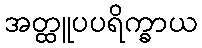
အတ္ထူပပရိက္ခာယ